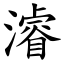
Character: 濬